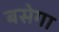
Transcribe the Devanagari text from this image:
बसेगा